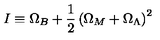
I \equiv \Omega _ { B } + \frac { 1 } { 2 } \left( \Omega _ { M } + \Omega _ { \Lambda } \right) ^ { 2 }